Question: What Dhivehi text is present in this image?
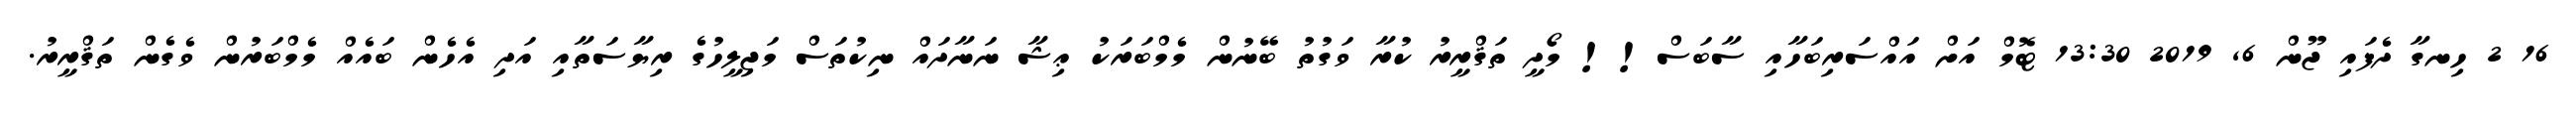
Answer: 16 2 ހިނގާ ދެފައި ޖޫން 6, 2019 13:30 ޓޮމް އަށް އައްސަރިބަހާއި ސާބަސް!! މޯދީ ތަޤްރީރު ކުރާ ވަގުތު ބޭނުން މެމްބަރަކު ޢިޝާ ނަނާދައް ނިކުތަސް މަޖިލީހުގެ ރިޔާސަތާއި އަދި އެހެން ބައެއް މެމްބަރުން ވެގެން ތަޤްރީރު.